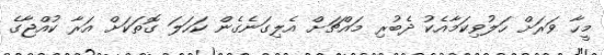
މީހާ ވަރަށް ހަލުވިކަމާއެކު ދެބުރި މައްޗަށް އެލިގަނެގެން ކަހަލަ ގޮތަކަށް އަރާ ކުއްޖާގެ